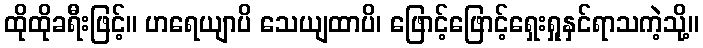
ထိုထိုခရီးဖြင့်။ ဟရေယျာပိ သေယျထာပိ၊ ဖြောင့်ဖြောင့်ရှေးရှုနှင်ရာသကဲ့သို့။